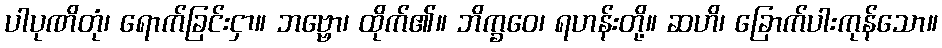
ပါပုဏိတုံ၊ ရောက်ခြင်းငှာ။ ဘဗ္ဗော၊ ထိုက်၏။ ဘိက္ခဝေ၊ ရဟန်းတို့။ ဆဟိ၊ ခြောက်ပါးကုန်သော။